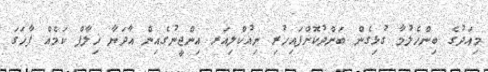
މިއަދުގެ ބިންހެލުމާ ގުޅިގެން ބަންދުކޮށްފައިހުރި ނިއުކްލިއަރ އިންޖީނުގެއިން އާދަޔާ ޚިލާފް ކަމެއް ފާހަގަ